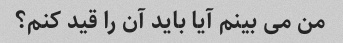
من می بینم آیا باید آن را قید کنم؟